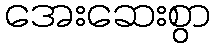
အေးဆေးစွာ